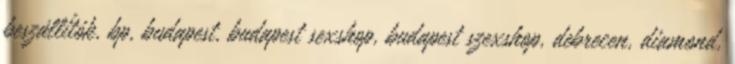
beszállítók, bp, budapest, budapest sexshop, budapest szexshop, debrecen, diamond,